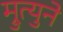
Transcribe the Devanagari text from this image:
म्रुत्युने